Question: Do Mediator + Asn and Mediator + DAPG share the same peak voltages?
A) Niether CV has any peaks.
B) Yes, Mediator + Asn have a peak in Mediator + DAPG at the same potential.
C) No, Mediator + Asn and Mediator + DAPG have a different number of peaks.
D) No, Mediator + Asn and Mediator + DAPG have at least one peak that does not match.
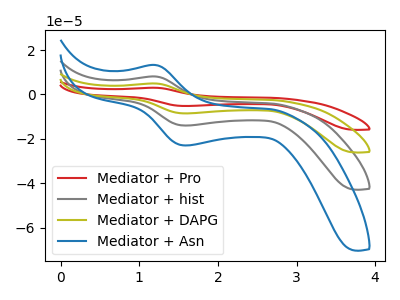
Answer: <think>The red curve "Mediator + Pro" has an anodic peak at (1.20V, 24.25uA) and a cathodic peak at (1.60V, -42.05uA). The gray curve "Mediator + hist" has an anodic peak at (1.20V, 8.10uA) and a cathodic peak at (1.60V, -14.00uA). The olive curve "Mediator + DAPG" has an anodic peak at (1.20V, 16.15uA) and a cathodic peak at (1.60V, -28.05uA). The blue curve "Mediator + Asn" has an anodic peak at (1.20V, 13.25uA) and a cathodic peak at (1.60V, -23.00uA).</think>
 <answer>B) Yes, "Mediator + Asn" have a peak in "Mediator + DAPG" at the same potential.</answer>
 <eval>B</eval>